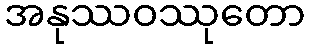
အနုဿဝဿုတော